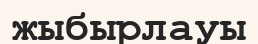
жыбырлауы